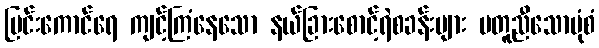
မြင်းကောင်ရေ ကျင့်ကြံနေသော နယ်ခြားစောင့်ရဲစခန်းများ မတူညီသောပုံစံ